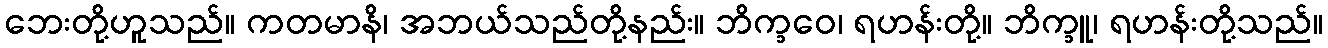
ဘေးတို့ဟူသည်။ ကတမာနိ၊ အဘယ်သည်တို့နည်း။ ဘိက္ခဝေ၊ ရဟန်းတို့။ ဘိက္ခူ၊ ရဟန်းတို့သည်။